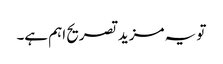
تو یہ مزید تصریح اہم ہے۔